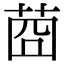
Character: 莔